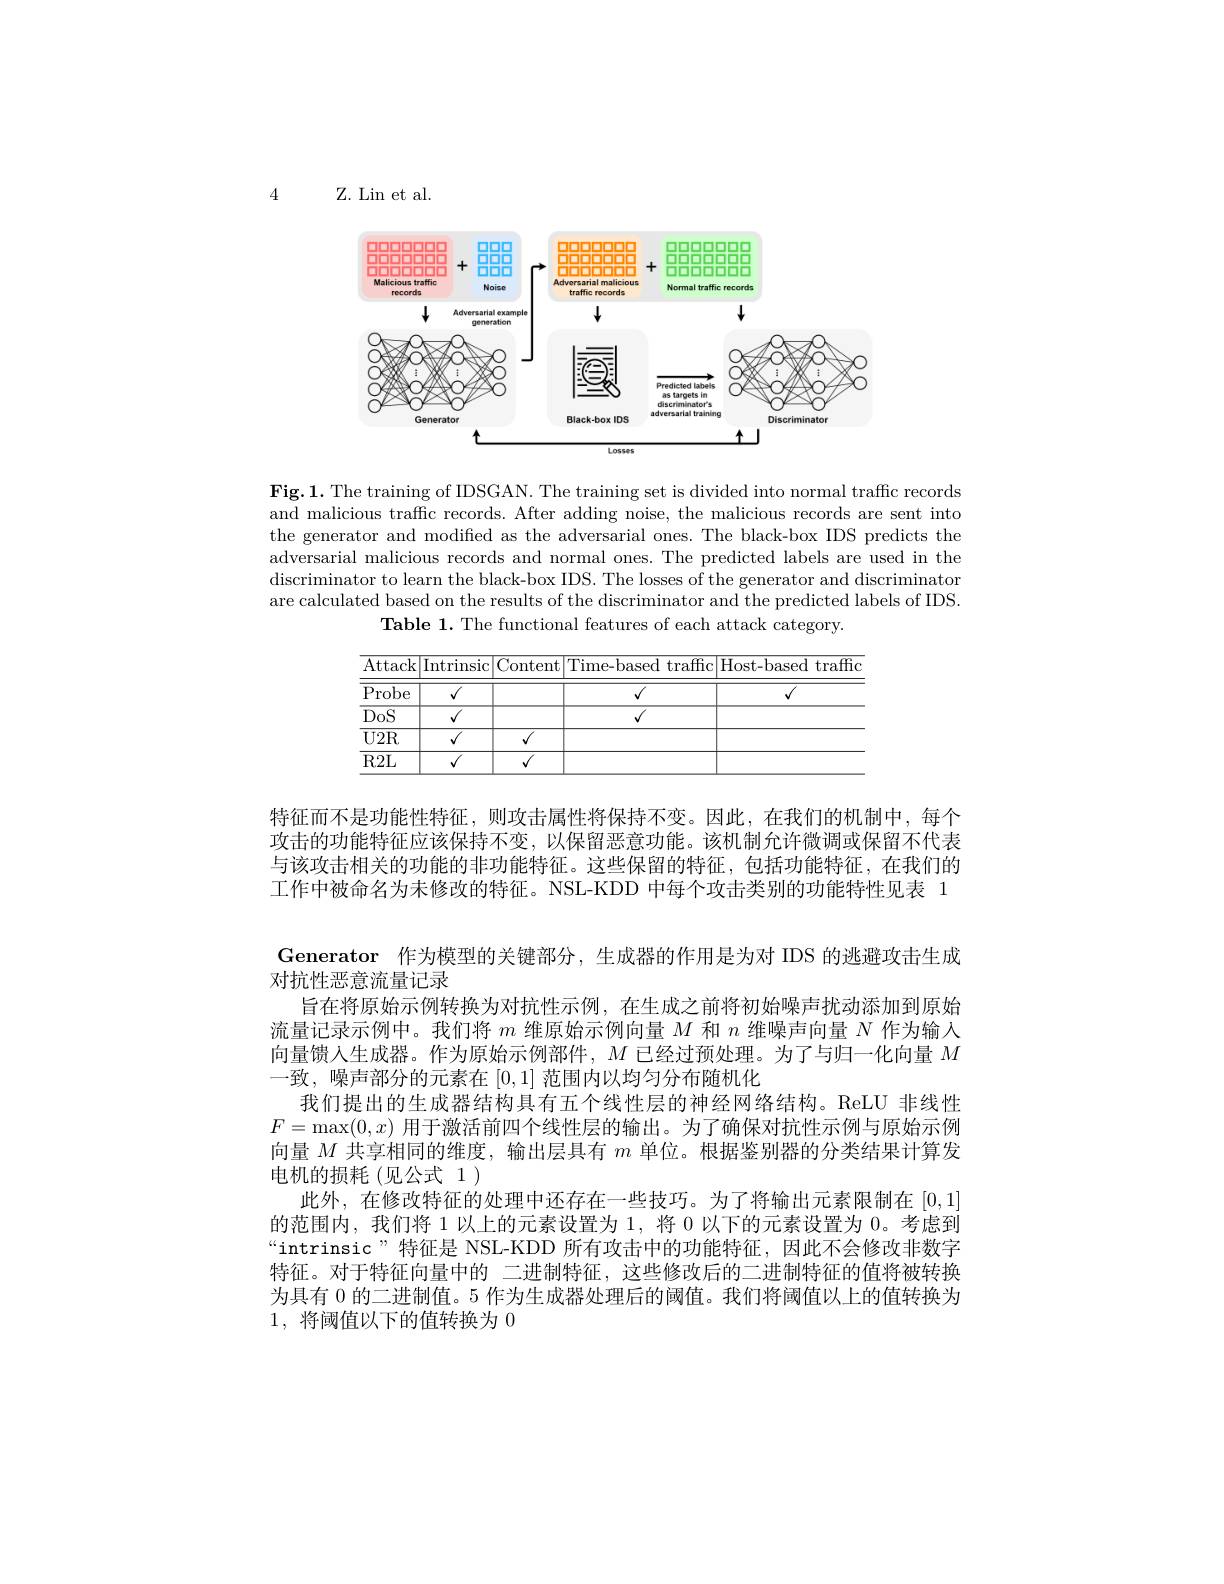
4

Z. Lin et al.

<FigureHere>

$\mathbf{Fig.1.~The~training~of~IDSGAN.~The~training~set~is~divided~into~normal~traffic~records}$ and malicious traffc records. After adding noise, the malicious records are sent into the generator and modified as the adversarial ones. The black-box IDS predicts the adversarial malicious records and normal ones. The predicted labels are used in the discriminator to learn the black-box IDS. The losses of the generator and discriminator are calculated based on the results of the discriminator and the predicted labels of IDS.
Table 1. The functional features of each attack category.

<table>
	<tbody>
		<tr>
			<th>Probe</th>
			<th> </th>
		</tr>
		<tr>
			<td>DoS</td>
			<td> </td>
		</tr>
		<tr>
			<td>$U2R$</td>
			<td> </td>
		</tr>
		<tr>
			<td>$R2$L</td>
			<td> </td>
		</tr>
	</tbody>
</table>

特征而不是功能性特征，则攻击属性将保持不变。因此，在我们的机制中，每个攻击的功能特征应该保持不变，以保留恶意功能。该机制允许微调或保留不代表与该攻击相关的功能的非功能特征。这些保留的特征，包括功能特征，在我们的工作中被命名为未修改的特征。NSL-KDD 中每个攻击类别的功能特性见表 1

Generator 作为模型的关键部分，生成器的作用是为对 IDS 的逃避攻击生成
对抗性恶意流量记录
旨在将原始示例转换为对抗性示例，在生成之前将初始噪声扰动添加到原始流量记录示例中。我们将$m$维原始示例向量$M$和$n$维噪声向量$N$作为输入向量馈入生成器。作为原始示例部件，$M$已经过预处理。为了与归一化向量$M$ 一致，噪声部分的元素在[0,1]范围内以均匀分布随机化
我们提出的生成器结构具有五个线性层的神经网络结构。ReLU 非线性$F=\max(0,x)$用于激活前四个线性层的输出。为了确保对抗性示例与原始示例向量$M$共享相同的维度，输出层具有$m$单位。根据鉴别器的分类结果计算发电机的损耗(见公式 1)
此外，在修改特征的处理中还存在一些技巧。为了将输出元素限制在[0,1] 的范围内，我们将 1 以上的元素设置为 1, 将 0 以下的元素设置为 0。考虑到“intrinsic”特征是 NSL-KDD 所有攻击中的功能特征，因此不会修改非数字特征。对于特征向量中的 二进制特征，这些修改后的二进制特征的值将被转换为具有 0 的二进制值。5 作为生成器处理后的阈值。我们将阈值以上的值转换为1,将阈值以下的值转换为0